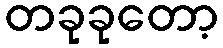
တခုခုတော့